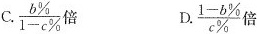
C. \frac{b \%}{1-c \%}倍 D.\frac{1-b \%}{c \%}倍